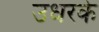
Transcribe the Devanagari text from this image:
उधरके